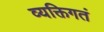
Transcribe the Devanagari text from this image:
व्यक्तिगतं